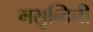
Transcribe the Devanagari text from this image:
मसुन्दिनी